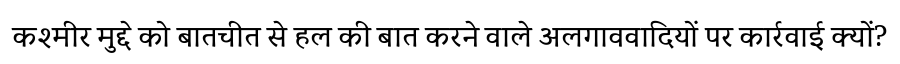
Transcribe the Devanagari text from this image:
कश्मीर मुद्दे को बातचीत से हल की बात करने वाले अलगाववादियों पर कार्रवाई क्यों?